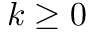
k \ge 0